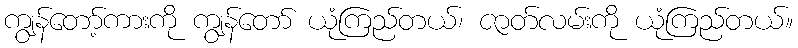
ကျွန်တော့်ကားကို ကျွန်တော် ယုံကြည်တယ်၊ ဇာတ်လမ်းကို ယုံကြည်တယ်။